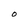
Character: O